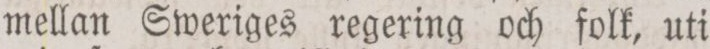
mellan Sweriges regering och folk, uti